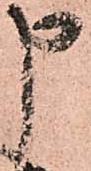
申